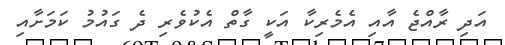
އަދި ރާއްޖެ އާއި އެމެރިކާ އަކީ ގާތް އެކުވެރި ދެ ގައުމު ކަމަށާއި